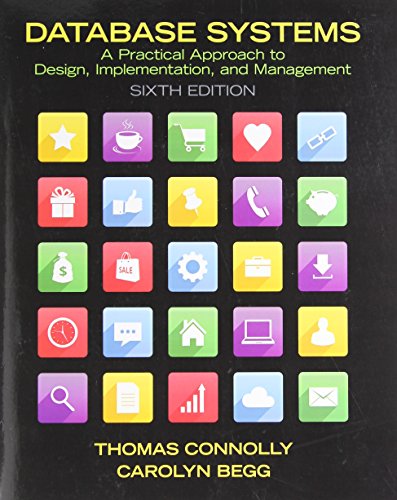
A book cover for Database Systems: A Practical Approach to Design, Implementation, and Management (6th Edition); Thomas Connolly; Computers & Technology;